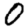
Digit: 0